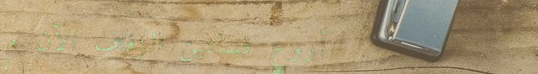
أروع فساتين الزفاف الآن م